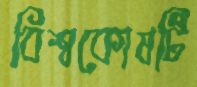
বিশ্বকোষটি